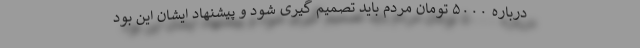
درباره ۵۰۰۰ تومان مردم باید تصمیم گیری شود و پیشنهاد ایشان این بود